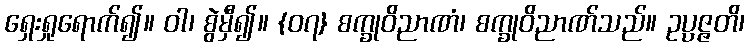
ရှေးရှုရောက်၍။ ဝါ၊ စွဲမှီ၍။ {၀၇} စက္ခုဝိညာဏံ၊ စက္ခုဝိညာဏ်သည်။ ဥပ္ပဇ္ဇတိ၊